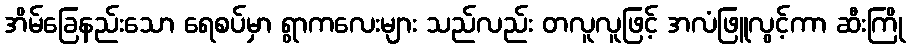
အိမ်ခြေနည်းသော ရေစပ်မှာ ရွာကလေးများ သည်လည်း တလူလူဖြင့် အလံဖြူလွင့်ကာ ဆီးကြို